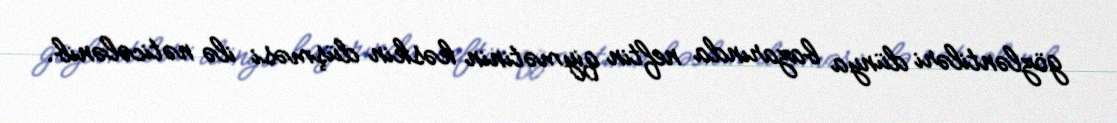
gözləntiləri dünya bazarında neftin qiymətinin kəskin düşməsi ilə nəticələnib.